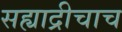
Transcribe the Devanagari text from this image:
सह्याद्रीचाच